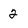
Character: 2